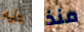
عليه منذ